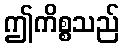
ဤကိစ္စသည်